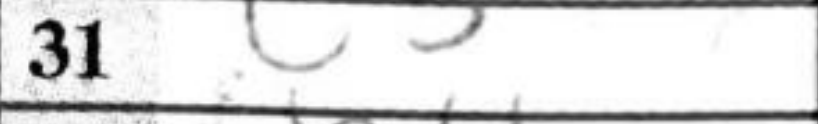
Transcription: c5